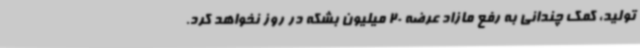
تولید، کمک چندانی به رفع مازاد عرضه 20 میلیون بشکه در روز نخواهد کرد.